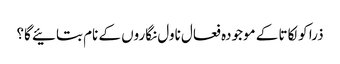
ذرا کولکاتا کے موجودہ فعال ناول نگاروں کے نام بتائیے گا؟